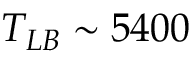
T _ { L B } \sim 5 4 0 0